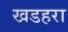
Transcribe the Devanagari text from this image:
खडहरा